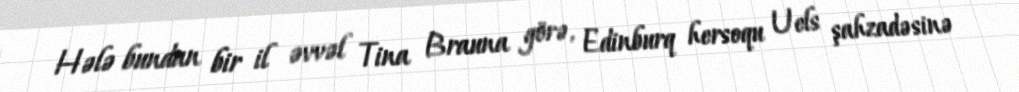
Hələ bundan bir il əvvəl Tina Brauna görə, Edinburq hersoqu Uels şahzadəsinə